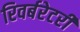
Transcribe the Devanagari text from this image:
रिवर्बरेटरी